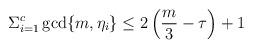
LaTeX: \begin{align*}\Sigma_{i=1}^{c}\gcd\{m,\eta_i\}\leq 2\left(\frac{m}{3}-\tau\right)+1\end{align*}